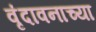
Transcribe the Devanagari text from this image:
वृंदावनाच्या